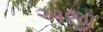
અજી